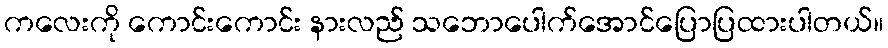
ကလေးကို ကောင်းကောင်း နားလည် သဘောပေါက်အောင်ပြောပြထားပါတယ်။